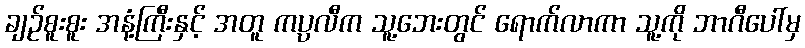
ချဉ်စူးစူး အနံ့ကြီးနှင့် အတူ ကပ္ပလီက သူ့ဘေးတွင် ရောက်လာကာ သူ့ကို ဘာဂီပေါ်မှ